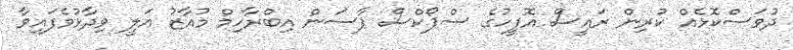
ދުވަސްކޮޅެއް ކުރިން ރައީސް އޮފީހުގެ ސްޕޯކްސް ޕާސަން އިބްރާހިމް މުއާޒު އަލީ ވިދާޅުވެފައިވާ